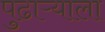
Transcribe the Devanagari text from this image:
पुढाऱ्याला